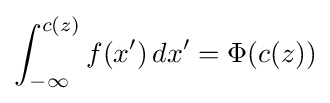
\int _{-\infty }^{c(z)}f(x')\,dx'=\Phi (c(z))